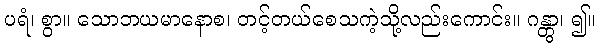
ပရံ၊ စွာ။ သောဘယမာနောစ၊ တင့်တယ်စေသကဲ့သို့လည်းကောင်း။ ဂန္တွာ၊ ၍။